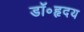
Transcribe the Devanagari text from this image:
डॉ॰हृदय